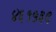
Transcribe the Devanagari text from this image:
४६१५३९